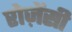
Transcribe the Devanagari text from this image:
रोज़ेंसी